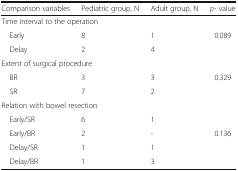
<table><thead><tr><td><b>Comparison variables</b></td><td><b>Pediatric group, N</b></td><td><b>Adult group, N</b></td><td><b><i>p</i>- value</b></td></tr></thead><tbody><tr><td colspan="4">Time interval to the operation</td></tr><tr><td> Early</td><td>8</td><td>1</td><td>0.089</td></tr><tr><td> Delay</td><td>2</td><td>4</td><td></td></tr><tr><td colspan="4">Extent of surgical procedure</td></tr><tr><td> BR</td><td>3</td><td>3</td><td>0.329</td></tr><tr><td> SR</td><td>7</td><td>2</td><td></td></tr><tr><td colspan="4">Relation with bowel resection</td></tr><tr><td> Early/SR</td><td>6</td><td>1</td><td></td></tr><tr><td> Early/BR</td><td>2</td><td>-</td><td>0.136</td></tr><tr><td> Delay/SR</td><td>1</td><td>1</td><td></td></tr><tr><td> Delay/BR</td><td>1</td><td>3</td><td></td></tr></tbody></table>